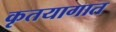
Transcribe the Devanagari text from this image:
कृतयागात